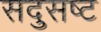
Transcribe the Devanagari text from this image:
सदुसष्ट